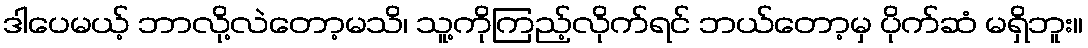
ဒါပေမယ့် ဘာလို့လဲတော့မသိ၊ သူ့ကိုကြည့်လိုက်ရင် ဘယ်တော့မှ ပိုက်ဆံ မရှိဘူး။